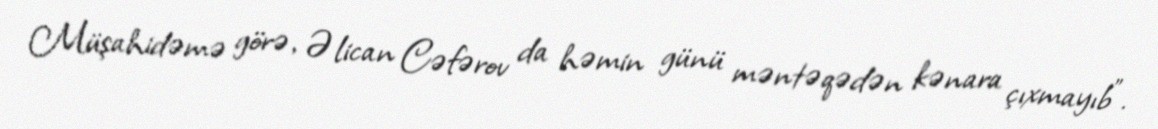
Müşahidəmə görə, Əlican Cəfərov da həmin günü məntəqədən kənara çıxmayıb”.